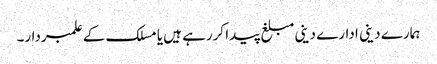
ہمارے دینی ادارے دینی مبلغ پیدا کررہے ہیں یا مسلک کے علمبردار۔